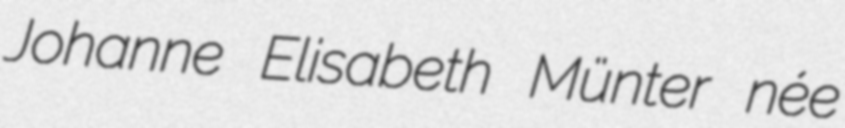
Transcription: Johanne Elisabeth Münter née